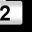
Digit: 2